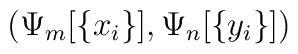
\left(\Psi_m[\{x_i\}], \Psi_n[\{y_i\}]\right)~~~~~~~~~~~~~~~~~~~~~~~~~~~~~~~~~~~~~~~~~~~~~~~~~~~~~~~~~~~~~~~~~~~~~~~~~~~~~~~~~~~~~~~~~~~~~~